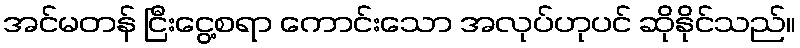
အင်မတန် ငြီးငွေ့စရာ ကောင်းသော အလုပ်ဟုပင် ဆိုနိုင်သည်။